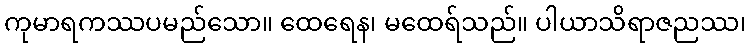
ကုမာရကဿပမည်သော။ ထေရေန၊ မထေရ်သည်။ ပါယာသိရာဇညဿ၊